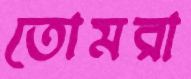
তোমরা